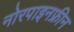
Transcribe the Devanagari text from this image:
नोरपाइनफ्रीन